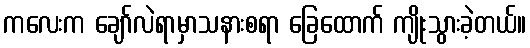
ကလေးက ချော်လဲရာမှာသနားစရာ ခြေထောက် ကျိုးသွားခဲ့တယ်။